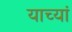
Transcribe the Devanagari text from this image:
याच्यां